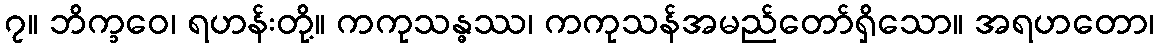
၇။ ဘိက္ခဝေ၊ ရဟန်းတို့။ ကကုသန္ဓဿ၊ ကကုသန်အမည်တော်ရှိသော။ အရဟတော၊